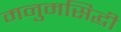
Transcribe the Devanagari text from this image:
मनुमसिद्धी